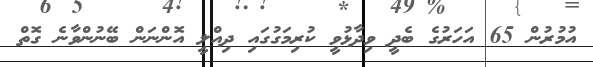
އުމުރުން 65 އަހަރުގެ ބެދީ ވިދާޅުވީ ކުރިމަގުގައި ދިއްލީ އޮންނަން ބޭނުންވާނެ ގޮތް